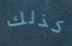
كذلك